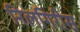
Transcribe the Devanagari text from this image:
निलगिरीस